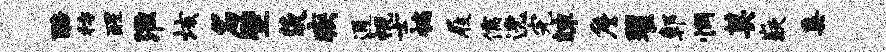
醅枋醒淮垓名壁茨疾通视士褊屐儒逸完竦詹翟鄣惘莫嶷奚